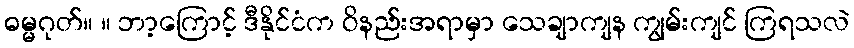
ဓမ္မဂုတ်။ ။ ဘာ့ကြောင့် ဒီနိုင်ငံက ဝိနည်းအရာမှာ သေချာကျန ကျွမ်းကျင် ကြရသလဲ